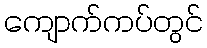
ကျောက်ကပ်တွင်